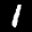
Label: 1